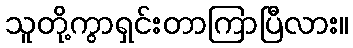
သူတို့ကွာရှင်းတာကြာပြီလား။